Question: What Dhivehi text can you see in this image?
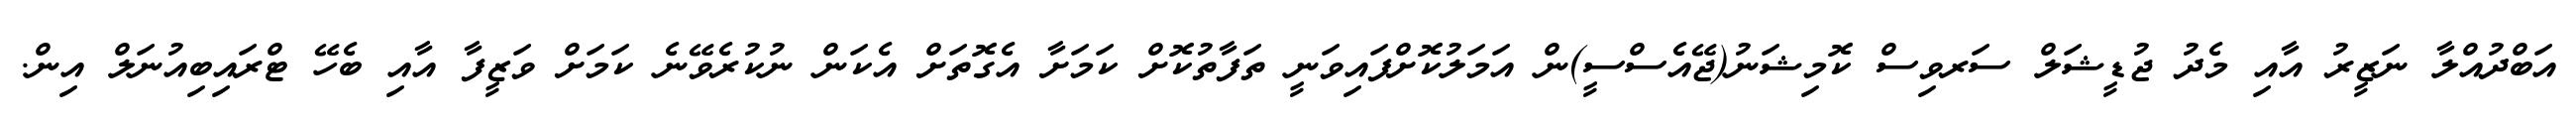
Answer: އަބްދުއްލާ ނަޒީރު އާއި މެދު ޖުޑީޝަލް ސަރވިސް ކޮމިޝަނު(ޖޭއެސްސީ)ން އަމަލުކޮށްފައިވަނީ ތަފާތުކޮށް ކަމަށާ އެގޮތަށް އެކަން ނުކުރެވޭނެ ކަމަށް ވަޒީފާ އާއި ބެހޭ ޓްރައިބިއުނަލް އިން.